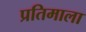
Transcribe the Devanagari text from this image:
प्रतिमाला